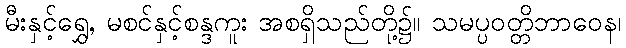
မီးနှင့်ရွှေ, မစင်နှင့်စန္ဒကူး အစရှိသည်တို့၌။ သမပ္ပဝတ္တိဘာဝေန၊